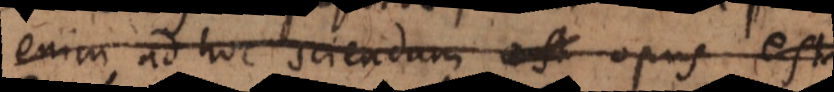
enim ad hoc sciendum est opus est